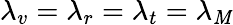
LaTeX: \lambda_{v}=\lambda_{r}=\lambda_{t}=\lambda_{\mathit{M}}